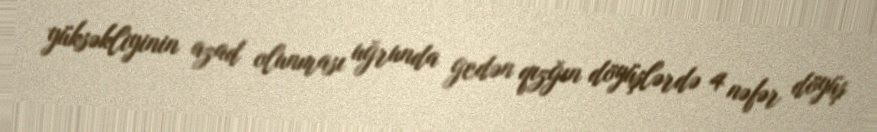
yüksəkliyinin azad olunması uğrunda gedən qızğın döyüşlərdə 4 nəfər döyüş